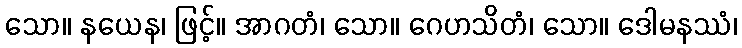
သော။ နယေန၊ ဖြင့်။ အာဂတံ၊ သော။ ဂေဟသိတံ၊ သော။ ဒေါမနဿံ၊